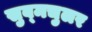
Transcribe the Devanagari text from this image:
सुब्मचुलर